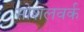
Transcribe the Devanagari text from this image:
सोशलवर्क